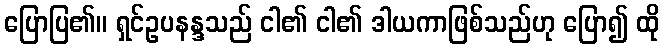
ပြောပြ၏။ ရှင်ဥပနန္ဒသည် ငါ၏ ငါ၏ ဒါယကာဖြစ်သည်ဟု ပြော၍ ထို